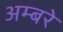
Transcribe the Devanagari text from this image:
अम्बरे